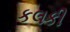
કલકી